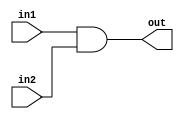
`timescale 1ns / 1ps
//////////////////////////////////////////////////////////////////////////////////
// Company: 
// Engineer: 
// 
// Design Name: 
// Module Name: AND_T_2
// Project Name: 
// Target Devices: 
// Tool Versions: 
// Description: 
// 
// Dependencies: 
// 
// Revision:
// Revision 0.01 - File Created
// Additional Comments:
// 
//////////////////////////////////////////////////////////////////////////////////


`define	D		0	// definition of the delay

// Delayed AND gate

module AND_T_2(out, in1, in2);

input in1, in2;
output out;

and		#`D		and1(out, in1, in2);


endmodule